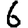
Digit: 6